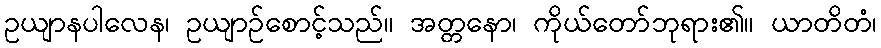
ဥယျာနပါလေန၊ ဥယျာဉ်စောင့်သည်။ အတ္တနော၊ ကိုယ်တော်ဘုရား၏။ ယာတိတံ၊